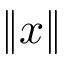
\Vert x \Vert